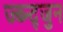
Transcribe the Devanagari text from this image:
ज्ब्न्द्जुन